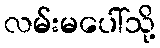
လမ်းမပေါ်သို့